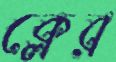
ক্লের